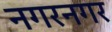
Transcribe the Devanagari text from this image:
नगरनगर